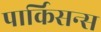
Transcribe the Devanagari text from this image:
पार्किसन्स